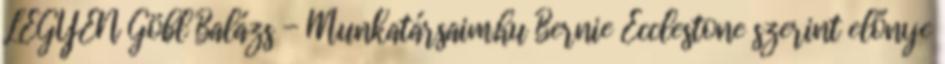
LEGYEN Göbl Balázs - Munkatársaim.hu Bernie Ecclestone szerint előnye